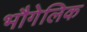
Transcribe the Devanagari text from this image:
भौगेलिक